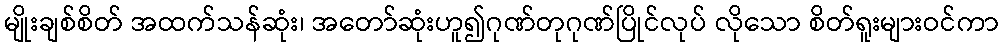
မျိုးချစ်စိတ် အထက်သန်ဆုံး၊ အတော်ဆုံးဟူ၍ဂုဏ်တုဂုဏ်ပြိုင်လုပ် လိုသော စိတ်ရူးများဝင်ကာ